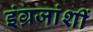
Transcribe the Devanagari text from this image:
इंग्रजांशीं